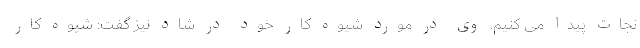
نجات پیدا می کنیم. وی در مورد شیوه کار خود در شاد نیز گفت: شیوه کار